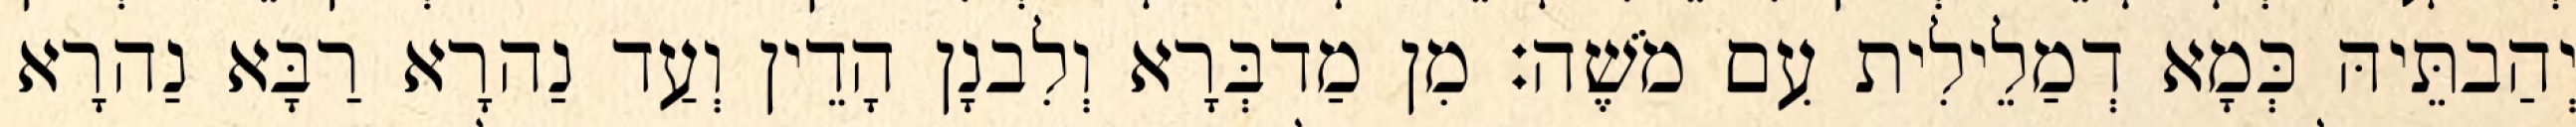
יְהַבתֵּיהּ כְּמָא דְמַלֵילִית עִם מֹשֶׁה׃ מִן מַדבְּרָא וְלִבנָן הָדֵין וְעַד נַהרָא רַבָּא נַהרָא